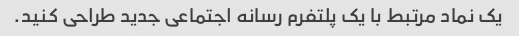
یک نماد مرتبط با یک پلتفرم رسانه اجتماعی جدید طراحی کنید.